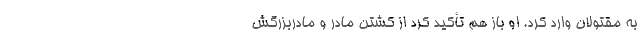
به مقتولان وارد کرد. او باز هم تأکید کرد از کشتن مادر و مادربزرگش